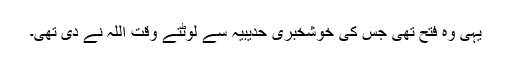
یہی وہ فتح تھی جس کی خوشخبری حدیبیہ سے لوٹتے وقت اللہ نے دی تھی۔